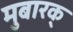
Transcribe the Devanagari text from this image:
मुबारक्